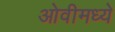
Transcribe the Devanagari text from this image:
ओवीमध्ये